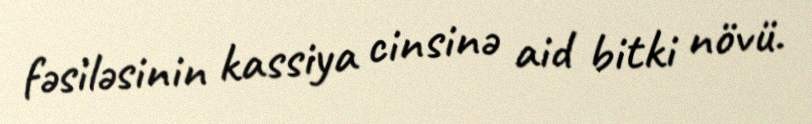
fəsiləsinin kassiya cinsinə aid bitki növü.